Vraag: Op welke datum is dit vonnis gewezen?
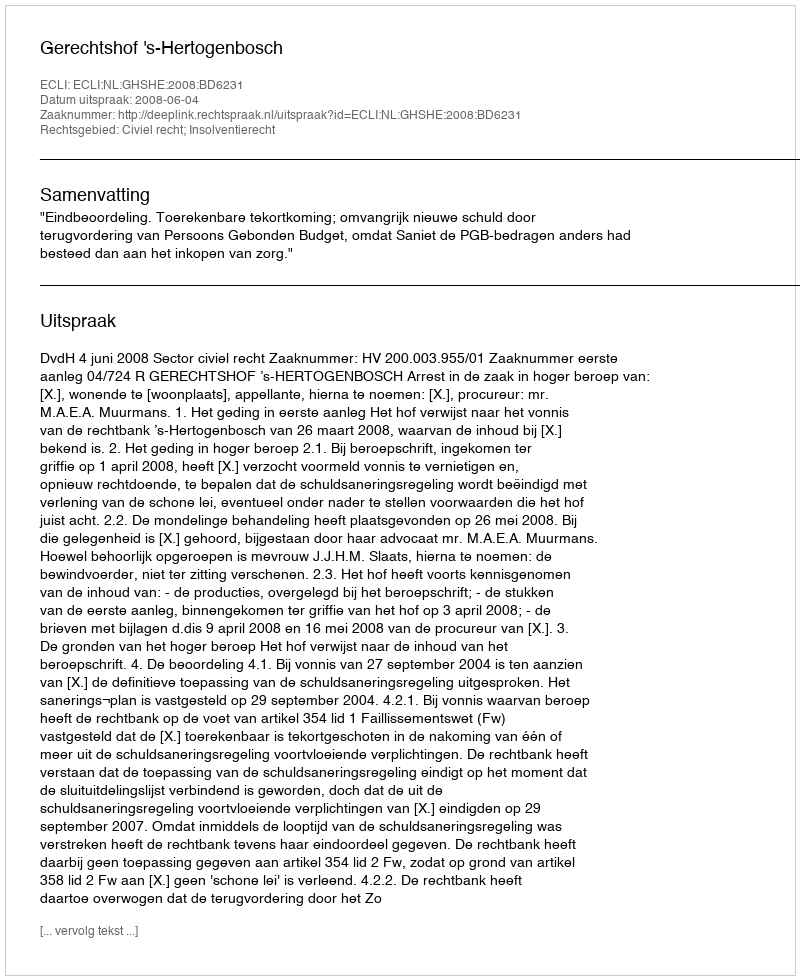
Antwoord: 2008-06-04